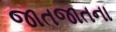
જાતજાતના